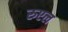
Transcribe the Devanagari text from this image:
रुएल